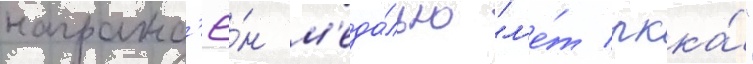
награжд'ё́н м'еда́лью "л'е́т ркка́"